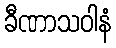
ခီဏာသဝါနံ